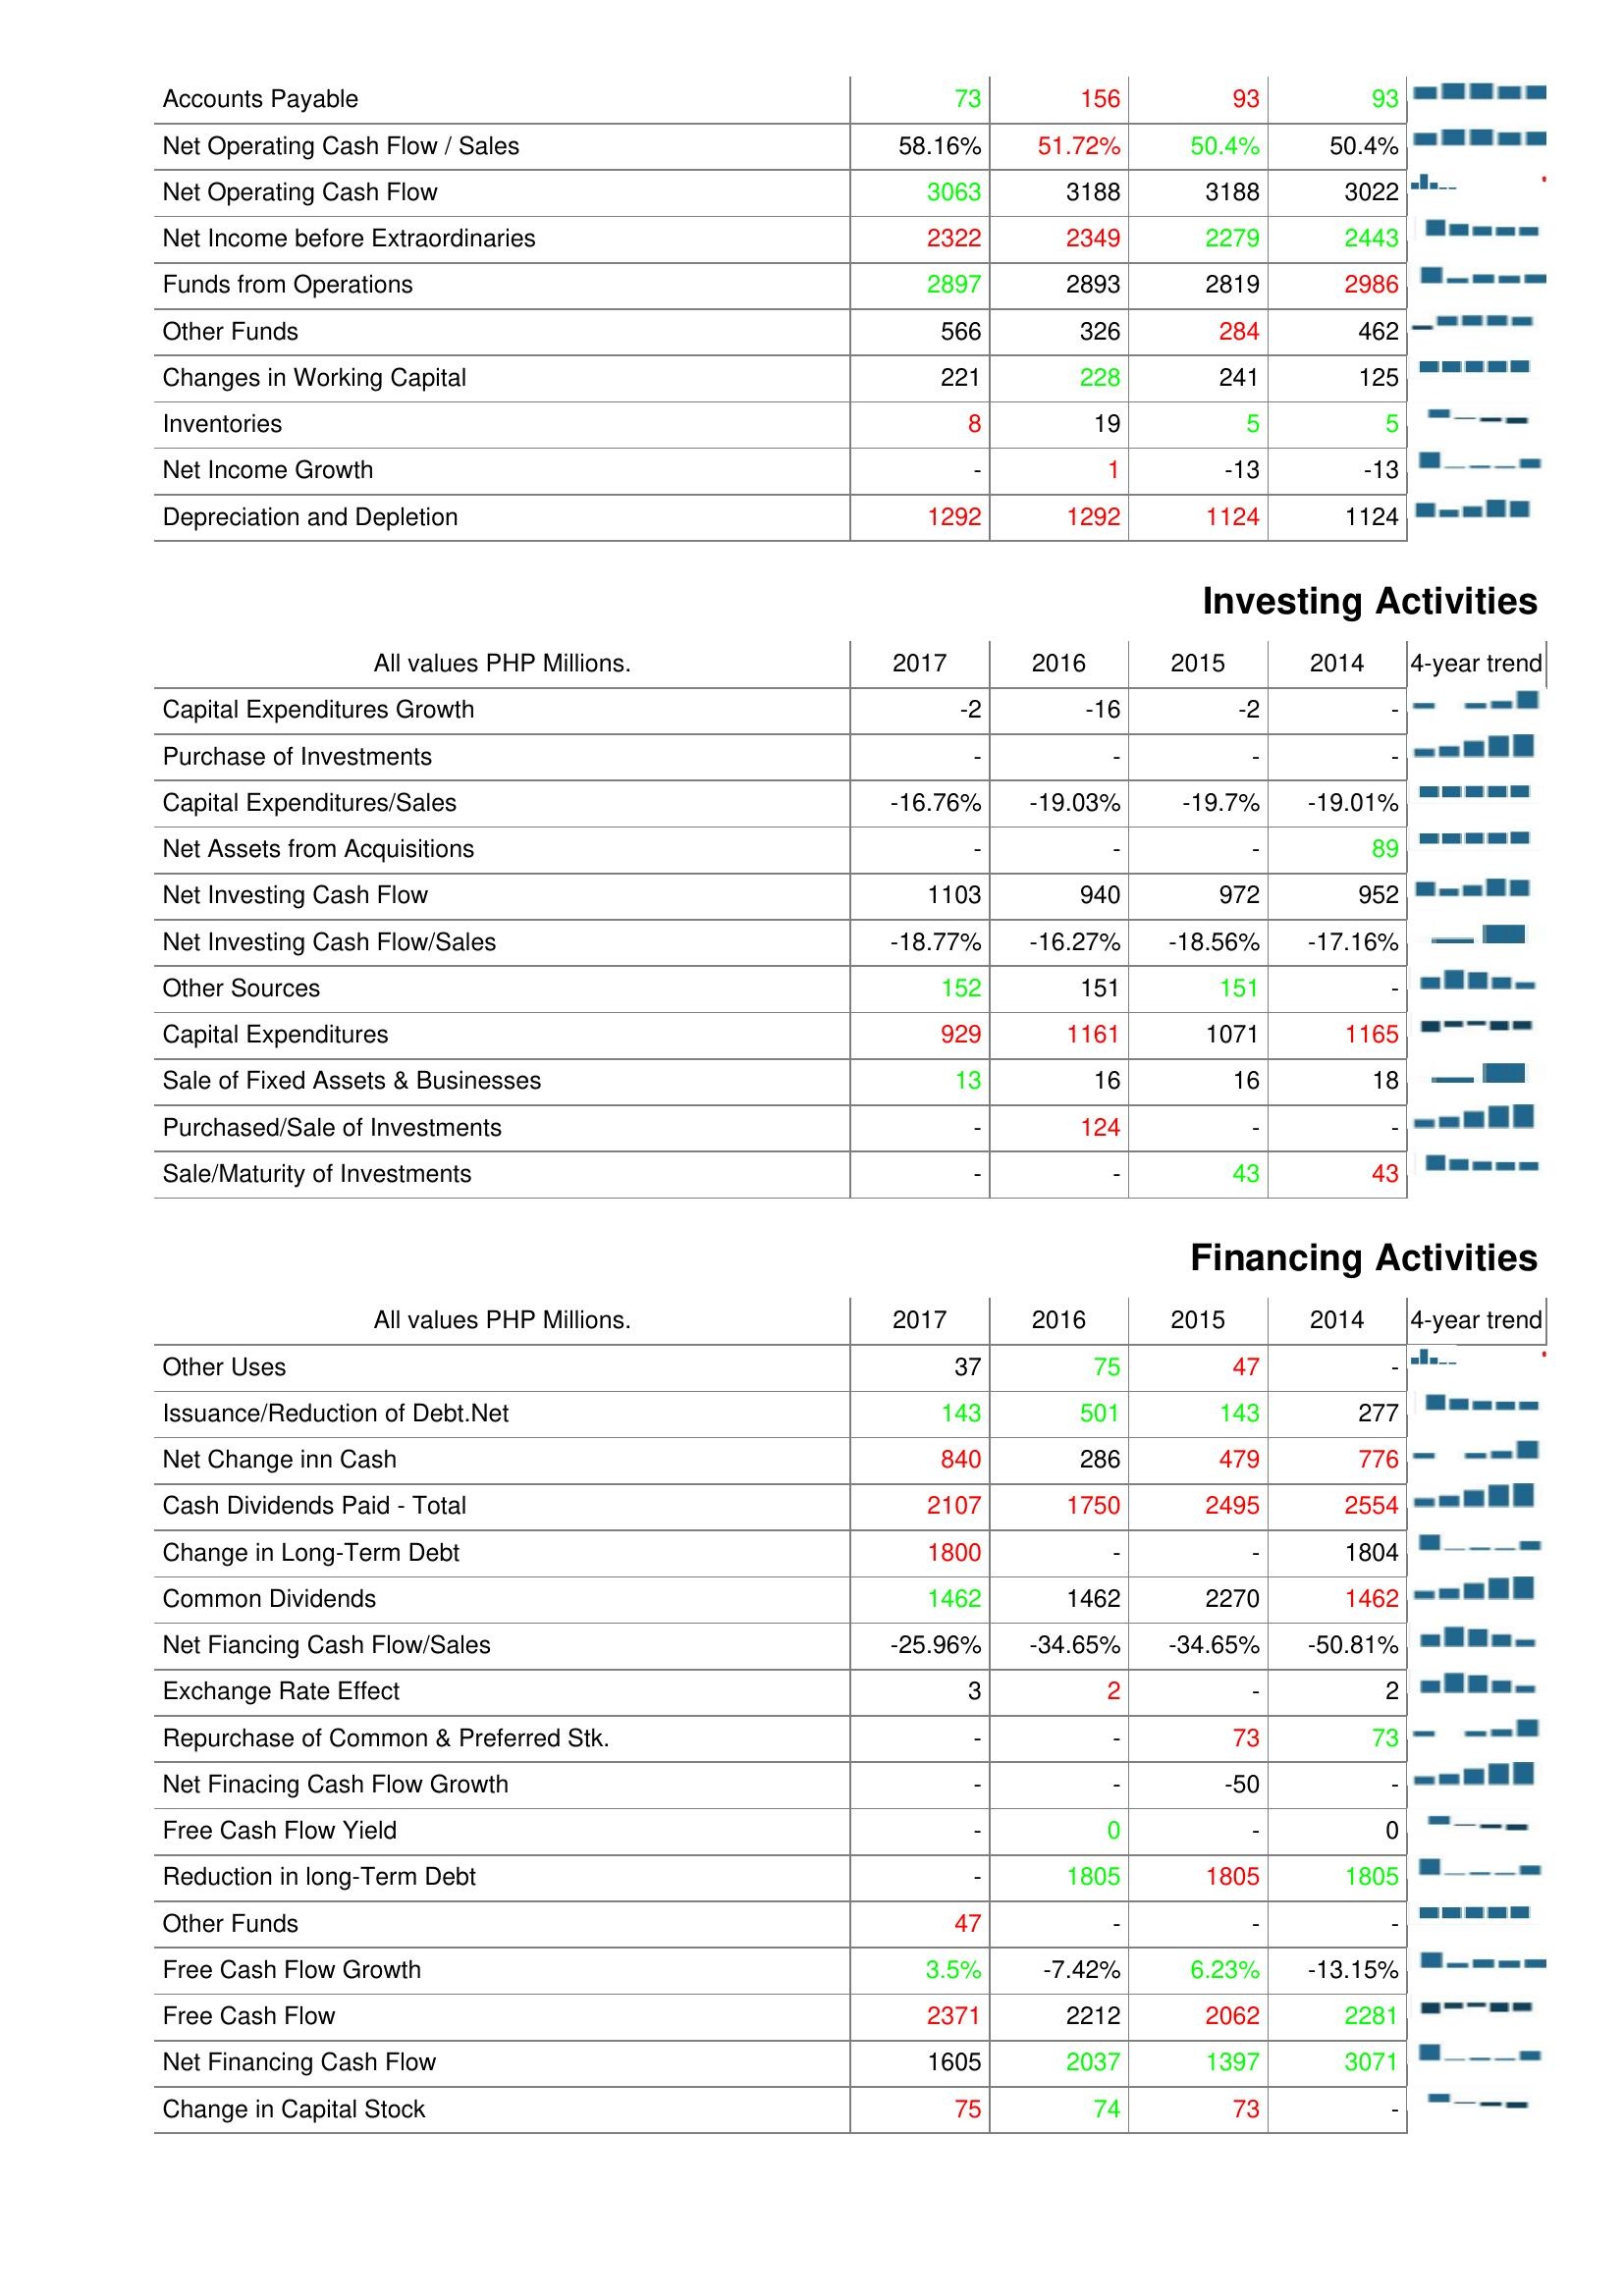
2017: Operating Activities: Accounts Payable: 73
Net Operating Cash Flow / Sales: 58.16%
Net Operating Cash Flow: 3063
Net Income before Extraordinaries: 2322
Funds from Operations: 2897
Other Funds: 566
Changes in Working Capital: 221
Inventories: 8
Net Income Growth: -
Depreciation and Depletion: 1292
Investing Activities: Capital Expenditures Growth: -2
Purchase of Investments: -
Capital Expenditures/Sales: -16.76%
Net Assets from Acquisitions: -
Net Investing Cash Flow: 1103
Net Investing Cash Flow/Sales: -18.77%
Other Sources: 152
Capital Expenditures: 929
Sale of Fixed Assets & Businesses: 13
Purchased/Sale of Investments: -
Sale/Maturity of Investments: -
Financing Activities: Other Uses: 37
Issuance/Reduction of Debt.Net: 143
Net Change inn Cash: 840
Cash Dividends Paid - Total: 2107
Change in Long-Term Debt: 1800
Common Dividends: 1462
Net Fiancing Cash Flow/Sales: -25.96%
Exchange Rate Effect: 3
Repurchase of Common & Preferred Stk.: -
Net Finacing Cash Flow Growth: -
Free Cash Flow Yield: -
Reduction in long-Term Debt: -
Other Funds: 47
Free Cash Flow Growth: 3.5%
Free Cash Flow: 2371
Net Financing Cash Flow: 1605
Change in Capital Stock: 75
2016: Operating Activities: Accounts Payable: 156
Net Operating Cash Flow / Sales: 51.72%
Net Operating Cash Flow: 3188
Net Income before Extraordinaries: 2349
Funds from Operations: 2893
Other Funds: 326
Changes in Working Capital: 228
Inventories: 19
Net Income Growth: 1
Depreciation and Depletion: 1292
Investing Activities: Capital Expenditures Growth: -16
Purchase of Investments: -
Capital Expenditures/Sales: -19.03%
Net Assets from Acquisitions: -
Net Investing Cash Flow: 940
Net Investing Cash Flow/Sales: -16.27%
Other Sources: 151
Capital Expenditures: 1161
Sale of Fixed Assets & Businesses: 16
Purchased/Sale of Investments: 124
Sale/Maturity of Investments: -
Financing Activities: Other Uses: 75
Issuance/Reduction of Debt.Net: 501
Net Change inn Cash: 286
Cash Dividends Paid - Total: 1750
Change in Long-Term Debt: -
Common Dividends: 1462
Net Fiancing Cash Flow/Sales: -34.65%
Exchange Rate Effect: 2
Repurchase of Common & Preferred Stk.: -
Net Finacing Cash Flow Growth: -
Free Cash Flow Yield: 0
Reduction in long-Term Debt: 1805
Other Funds: -
Free Cash Flow Growth: -7.42%
Free Cash Flow: 2212
Net Financing Cash Flow: 2037
Change in Capital Stock: 74
2015: Operating Activities: Accounts Payable: 93
Net Operating Cash Flow / Sales: 50.4%
Net Operating Cash Flow: 3188
Net Income before Extraordinaries: 2279
Funds from Operations: 2819
Other Funds: 284
Changes in Working Capital: 241
Inventories: 5
Net Income Growth: -13
Depreciation and Depletion: 1124
Investing Activities: Capital Expenditures Growth: -2
Purchase of Investments: -
Capital Expenditures/Sales: -19.7%
Net Assets from Acquisitions: -
Net Investing Cash Flow: 972
Net Investing Cash Flow/Sales: -18.56%
Other Sources: 151
Capital Expenditures: 1071
Sale of Fixed Assets & Businesses: 16
Purchased/Sale of Investments: -
Sale/Maturity of Investments: 43
Financing Activities: Other Uses: 47
Issuance/Reduction of Debt.Net: 143
Net Change inn Cash: 479
Cash Dividends Paid - Total: 2495
Change in Long-Term Debt: -
Common Dividends: 2270
Net Fiancing Cash Flow/Sales: -34.65%
Exchange Rate Effect: -
Repurchase of Common & Preferred Stk.: 73
Net Finacing Cash Flow Growth: -50
Free Cash Flow Yield: -
Reduction in long-Term Debt: 1805
Other Funds: -
Free Cash Flow Growth: 6.23%
Free Cash Flow: 2062
Net Financing Cash Flow: 1397
Change in Capital Stock: 73
2014: Operating Activities: Accounts Payable: 93
Net Operating Cash Flow / Sales: 50.4%
Net Operating Cash Flow: 3022
Net Income before Extraordinaries: 2443
Funds from Operations: 2986
Other Funds: 462
Changes in Working Capital: 125
Inventories: 5
Net Income Growth: -13
Depreciation and Depletion: 1124
Investing Activities: Capital Expenditures Growth: -
Purchase of Investments: -
Capital Expenditures/Sales: -19.01%
Net Assets from Acquisitions: 89
Net Investing Cash Flow: 952
Net Investing Cash Flow/Sales: -17.16%
Other Sources: -
Capital Expenditures: 1165
Sale of Fixed Assets & Businesses: 18
Purchased/Sale of Investments: -
Sale/Maturity of Investments: 43
Financing Activities: Other Uses: -
Issuance/Reduction of Debt.Net: 277
Net Change inn Cash: 776
Cash Dividends Paid - Total: 2554
Change in Long-Term Debt: 1804
Common Dividends: 1462
Net Fiancing Cash Flow/Sales: -50.81%
Exchange Rate Effect: 2
Repurchase of Common & Preferred Stk.: 73
Net Finacing Cash Flow Growth: -
Free Cash Flow Yield: 0
Reduction in long-Term Debt: 1805
Other Funds: -
Free Cash Flow Growth: -13.15%
Free Cash Flow: 2281
Net Financing Cash Flow: 3071
Change in Capital Stock: -